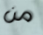
من